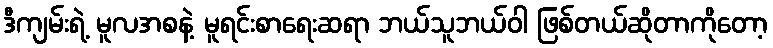
ဒီကျမ်းရဲ့ မူလအစနဲ့ မူရင်းစာရေးဆရာ ဘယ်သူဘယ်ဝါ ဖြစ်တယ်ဆိုတာကိုတော့